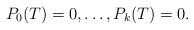
LaTeX: \begin{align*}P_0(T)=0,\dots, P_k(T)=0.\end{align*}